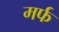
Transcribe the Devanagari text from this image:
मर्फ